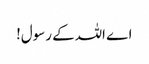
اے اللہ کے رسول!